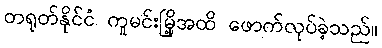
တရုတ်နိုင်ငံ ကူမင်းမြို့အထိ ဖောက်လုပ်ခဲ့သည်။